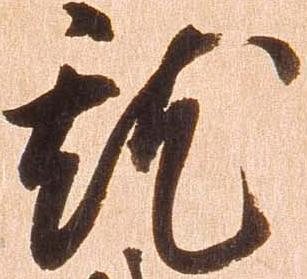
就